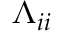
\Lambda _ { i i }